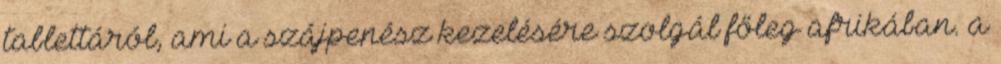
tablettáról, ami a szájpenész kezelésére szolgál főleg afrikában. a